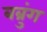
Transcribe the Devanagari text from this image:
बब्रुंग